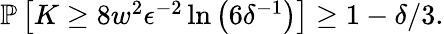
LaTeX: \begin{array}{r}{\mathbb{P}\left[K\ge 8w^{2}\epsilon^{-2}\ln\left(6\delta^{-1}\right)\right]\ge 1-\delta/3.}\end{array}